Annual report of the Bengal Veterinary College and of the Civil Veterinary Department, Bengal, for the year 1908-1909 - 1908-1909
Year: 1908
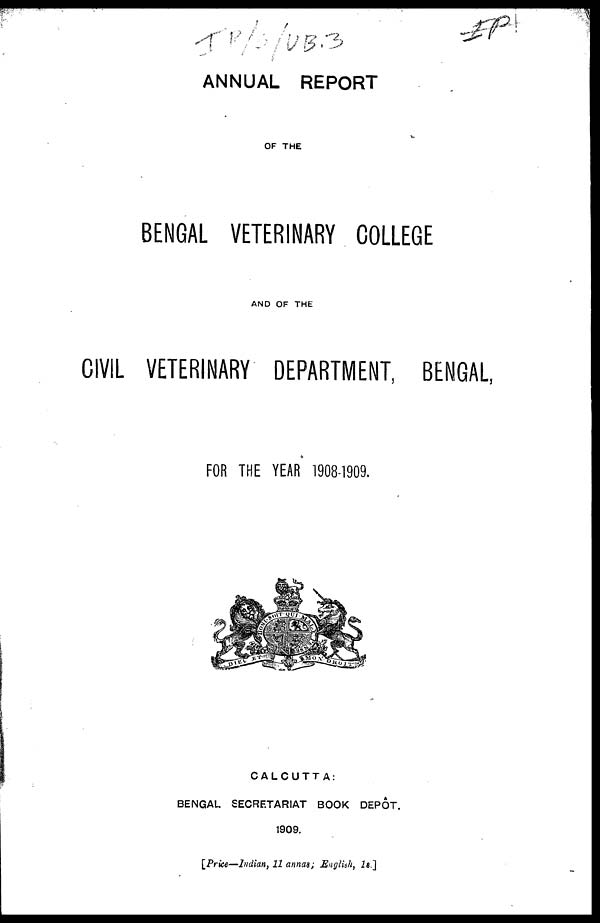
ANNUAL REPORT
OF THE
BENGAL VETERINARY COLLEGE
AND OF THE
CIVIL VETERINARY DEPARTMENT, BENGAL,
FOR THE YEAR 1908-1909.
CALCUTTA:
BENGAL SECRETARIAT BOOK DEPÔT.
1909.
[Price—Indian, 11 annas; English, 18.]